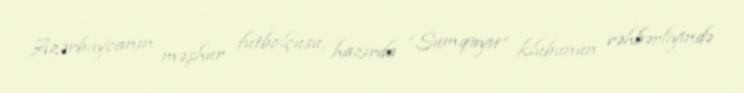
Azərbaycanın məşhur futbolçusu, hazırda “Sumqayıt” klubunun rəhbərliyində